Scientific memoirs by medical officers of the Army of India - Part III,
Year: 1887
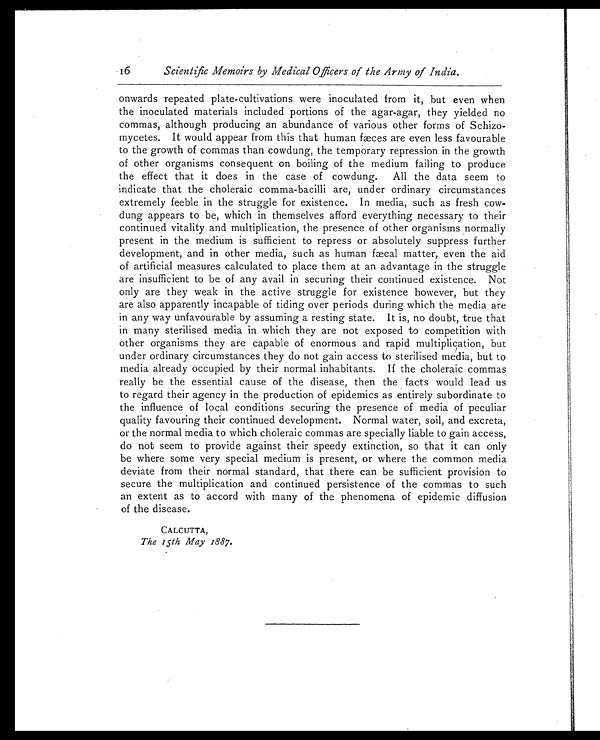
16
Scientific Memoirs by Medical Officers of the Army of India.
onwards repeated plate-cultivations were inoculated from it, but even when
the inoculated materials included portions of the agar-agar, they yielded no
commas, although producing an abundance of various other forms of Schizo
-mycetes. It would appear from this that human fæces are even less favourable
to the growth of commas than cowdung, the temporary repression in the growth
of other organisms consequent on boiling of the medium failing to produce
the effect that it does in the case of cowdung. All the data seem to
indicate that the choleraic comma-bacilli are, under ordinary circumstances
extremely feeble in the struggle for existence. In media, such as fresh cow
-dung appears to be, which in themselves afford everything necessary to their
continued vitality and multiplication, the presence of other organisms normally
present in the medium is sufficient to repress or absolutely suppress further
development, and in other media, such as human fæecal matter, even the aid
of artificial measures calculated to place them at an advantage in the struggle
are insufficient to be of any avail in securing their continued existence. Not
only are they weak in the active struggle for existence however, but they
are also apparently incapable of tiding over periods during which the media are
in any way unfavourable by assuming a resting state. It is, no doubt, true that
in many sterilised media in which they are not exposed to competition with
other organisms they are capable of enormous and rapid multiplication, but
under ordinary circumstances they do not gain access to sterilised media, but to
media already occupied by their normal inhabitants. If the choleraic commas
really be the essential cause of the disease, then the facts would lead us
to regard their agency in the production of epidemics as entirely subordinate to
the influence of local conditions securing the presence of media of peculiar
quality favouring their continued development. Normal water, soil, and excreta,
or the normal media to which choleraic commas are specially liable to gain access,
do not seem to provide against their speedy extinction, so that it can only
be where some very special medium is present, or where the common media
deviate from their normal standard, that there can be sufficient provision to
secure the multiplication and continued persistence of the commas to such
an extent as to accord with many of the phenomena of epidemic diffusion
of the disease.
CALCUTTA,
The 15th May 1887.